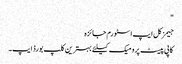
"
جیمز کل ایپ اسٹورم جائزہ
کاپی پیسٹ پرو میک کیلئے بہترین کلپ بورڈ ایپ۔